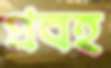
প্রবহ